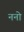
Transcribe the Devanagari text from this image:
ननो